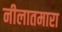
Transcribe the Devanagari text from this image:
नीलातमारा